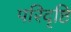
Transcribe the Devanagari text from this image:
परिदृष्टि